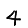
Digit: 4